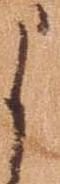
よ